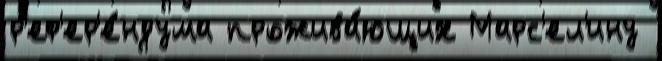
р'еф'ер'е́ндума прожива́ющих Марс'ел'ину